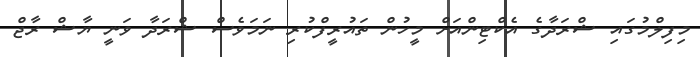
މިފިލްމުގައި ޝްރަދާގެ އެކްޓިންއަށް މީހުން ތައުރީފްކުރި ނަމަވެސް ޝްރަދާ ވަނީ ޔާޝް ރާޖް